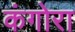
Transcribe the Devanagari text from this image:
कंगोरा